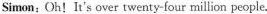
Simon;Oh! It's over twenty-four million people.